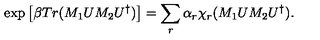
\exp \left[ \beta T r ( M _ { 1 } U M _ { 2 } U ^ { \dagger } ) \right] = \sum _ { r } \alpha _ { r } \chi _ { r } ( M _ { 1 } U M _ { 2 } U ^ { \dagger } ) .